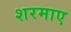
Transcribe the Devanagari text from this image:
शरमाए